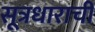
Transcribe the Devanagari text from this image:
सूत्रधाराची